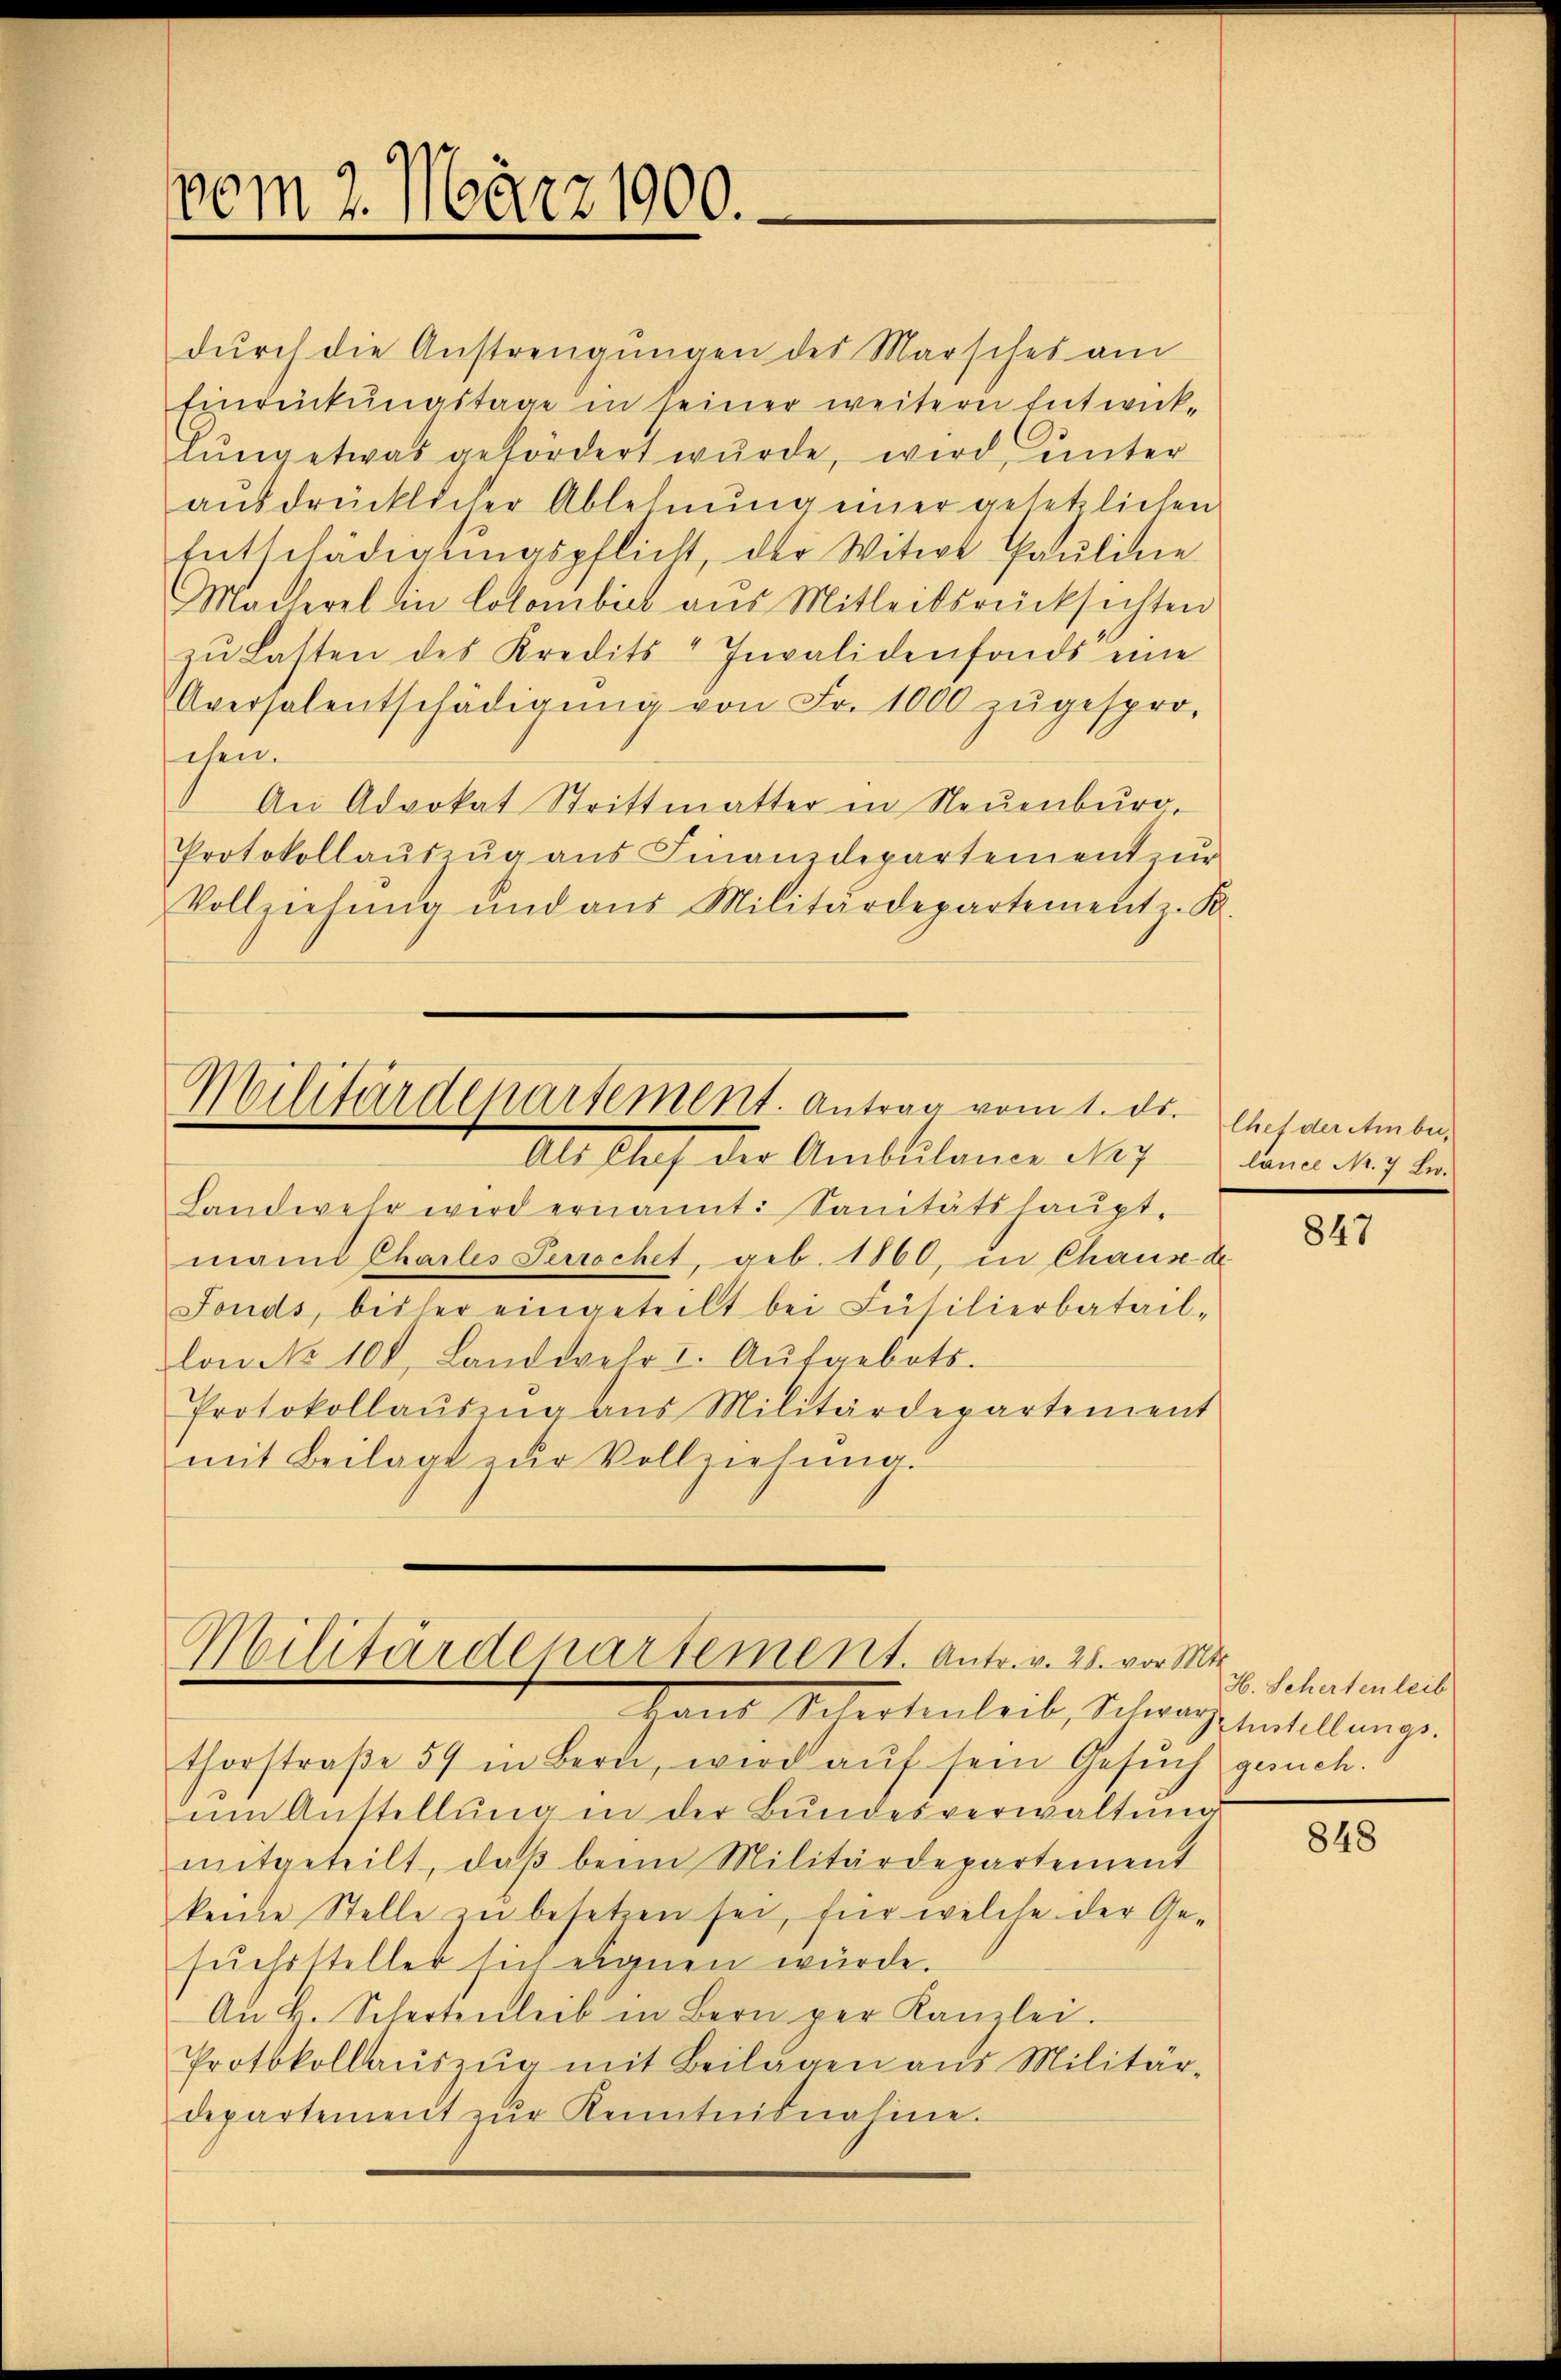
vom 2. März 1900.

durch die Anstrengungen des Marsches am
Einrückungstage in seiner weitern Entwick-
lŭng etwas gefördert wŭrde, wird ŭnter
aŭsdrücklicher Ablehnŭng einer gesetzlichen
Entschädigungspflicht, der Witwe Pauline
Macherel in Colombiel aus Mitleitsrücksichten
zu Lasten des Kredits-Invalidenfonds eine
Aversalentschädigŭng von Fr. 1000 zŭgespro-
chen.
An Advokat Strittmatter in Neuenburg,
Protokollaŭszŭg aŭs Finanzdepartement un
Vollziehŭng und aus Militärdepartement z. B.
Militärdepartement. Antrag vom 1. ds. Ehesacte be¬
Als Auf der Amblilonen Sey denn der den
Landwehr wird ernannt: Sanitätshauptmanis Charles Perrochet, geb. 1860, in Chaux-de
Fonds, bisher eingeteilt bei Füsilierbatail-
lon No 108. Landwehr I. Aŭfgebots.
Protokollaŭszŭg ans Militärdepartement
mit Beilage zŭr Vollziehung.

Militärdepartement. Antr. v. 28. vor Mar

thorstraβe 59 in Bern, wird aŭf sein Gesŭch gesuch.
ŭm Anstellŭng in der Bundesverwaltŭng
mitgeteilt, daβ beim Militärdepartement
keine Stelle zu besetzen sei, für welche der Gesŭchssteller sich eignen würde.
An k. Schertenleib in Bern per Kanzlei.
Protokollaŭszŭg mit Beilagen aus Militär-
departement zŭr Kenntnisnahme.

Haut Schertenheit, Schwarzesentellunge

847

H. Scherten leib

848